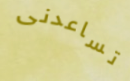
تساعدنى